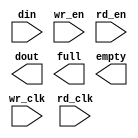
module pipefifo_v6(
	wr_clk,
	rd_clk,
	din,
	wr_en,
	rd_en,
	dout,
	full,
	empty);


input wr_clk;
input rd_clk;
input [15 : 0] din;
input wr_en;
input rd_en;
output [15 : 0] dout;
output full;
output empty;

// synthesis translate_off

      FIFO_GENERATOR_V6_1 #(
		.C_COMMON_CLOCK(0),
		.C_COUNT_TYPE(0),
		.C_DATA_COUNT_WIDTH(9),
		.C_DEFAULT_VALUE("BlankString"),
		.C_DIN_WIDTH(16),
		.C_DOUT_RST_VAL("0"),
		.C_DOUT_WIDTH(16),
		.C_ENABLE_RLOCS(0),
		.C_ENABLE_RST_SYNC(1),
		.C_ERROR_INJECTION_TYPE(0),
		.C_FAMILY("spartan6"),
		.C_FULL_FLAGS_RST_VAL(0),
		.C_HAS_ALMOST_EMPTY(0),
		.C_HAS_ALMOST_FULL(0),
		.C_HAS_BACKUP(0),
		.C_HAS_DATA_COUNT(0),
		.C_HAS_INT_CLK(0),
		.C_HAS_MEMINIT_FILE(0),
		.C_HAS_OVERFLOW(0),
		.C_HAS_RD_DATA_COUNT(0),
		.C_HAS_RD_RST(0),
		.C_HAS_RST(0),
		.C_HAS_SRST(0),
		.C_HAS_UNDERFLOW(0),
		.C_HAS_VALID(0),
		.C_HAS_WR_ACK(0),
		.C_HAS_WR_DATA_COUNT(0),
		.C_HAS_WR_RST(0),
		.C_IMPLEMENTATION_TYPE(2),
		.C_INIT_WR_PNTR_VAL(0),
		.C_MEMORY_TYPE(1),
		.C_MIF_FILE_NAME("BlankString"),
		.C_MSGON_VAL(1),
		.C_OPTIMIZATION_MODE(0),
		.C_OVERFLOW_LOW(0),
		.C_PRELOAD_LATENCY(1),
		.C_PRELOAD_REGS(0),
		.C_PRIM_FIFO_TYPE("512x36"),
		.C_PROG_EMPTY_THRESH_ASSERT_VAL(2),
		.C_PROG_EMPTY_THRESH_NEGATE_VAL(3),
		.C_PROG_EMPTY_TYPE(0),
		.C_PROG_FULL_THRESH_ASSERT_VAL(509),
		.C_PROG_FULL_THRESH_NEGATE_VAL(508),
		.C_PROG_FULL_TYPE(0),
		.C_RD_DATA_COUNT_WIDTH(9),
		.C_RD_DEPTH(512),
		.C_RD_FREQ(1),
		.C_RD_PNTR_WIDTH(9),
		.C_UNDERFLOW_LOW(0),
		.C_USE_DOUT_RST(0),
		.C_USE_ECC(0),
		.C_USE_EMBEDDED_REG(0),
		.C_USE_FIFO16_FLAGS(0),
		.C_USE_FWFT_DATA_COUNT(0),
		.C_VALID_LOW(0),
		.C_WR_ACK_LOW(0),
		.C_WR_DATA_COUNT_WIDTH(9),
		.C_WR_DEPTH(512),
		.C_WR_FREQ(1),
		.C_WR_PNTR_WIDTH(9),
		.C_WR_RESPONSE_LATENCY(1))
	inst (
		.WR_CLK(wr_clk),
		.RD_CLK(rd_clk),
		.DIN(din),
		.WR_EN(wr_en),
		.RD_EN(rd_en),
		.DOUT(dout),
		.FULL(full),
		.EMPTY(empty),
		.BACKUP(),
		.BACKUP_MARKER(),
		.CLK(),
		.RST(),
		.SRST(),
		.WR_RST(),
		.RD_RST(),
		.PROG_EMPTY_THRESH(),
		.PROG_EMPTY_THRESH_ASSERT(),
		.PROG_EMPTY_THRESH_NEGATE(),
		.PROG_FULL_THRESH(),
		.PROG_FULL_THRESH_ASSERT(),
		.PROG_FULL_THRESH_NEGATE(),
		.INT_CLK(),
		.INJECTDBITERR(),
		.INJECTSBITERR(),
		.ALMOST_FULL(),
		.WR_ACK(),
		.OVERFLOW(),
		.ALMOST_EMPTY(),
		.VALID(),
		.UNDERFLOW(),
		.DATA_COUNT(),
		.RD_DATA_COUNT(),
		.WR_DATA_COUNT(),
		.PROG_FULL(),
		.PROG_EMPTY(),
		.SBITERR(),
		.DBITERR());


// synthesis translate_on

// XST black box declaration
// box_type "black_box"
// synthesis attribute box_type of pipefifo_v6 is "black_box"

endmodule